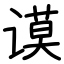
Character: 谟